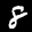
Label: 8